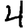
Digit: 4